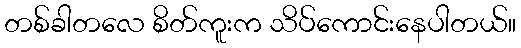
တစ်ခါတလေ စိတ်ကူးက သိပ်ကောင်းနေပါတယ်။